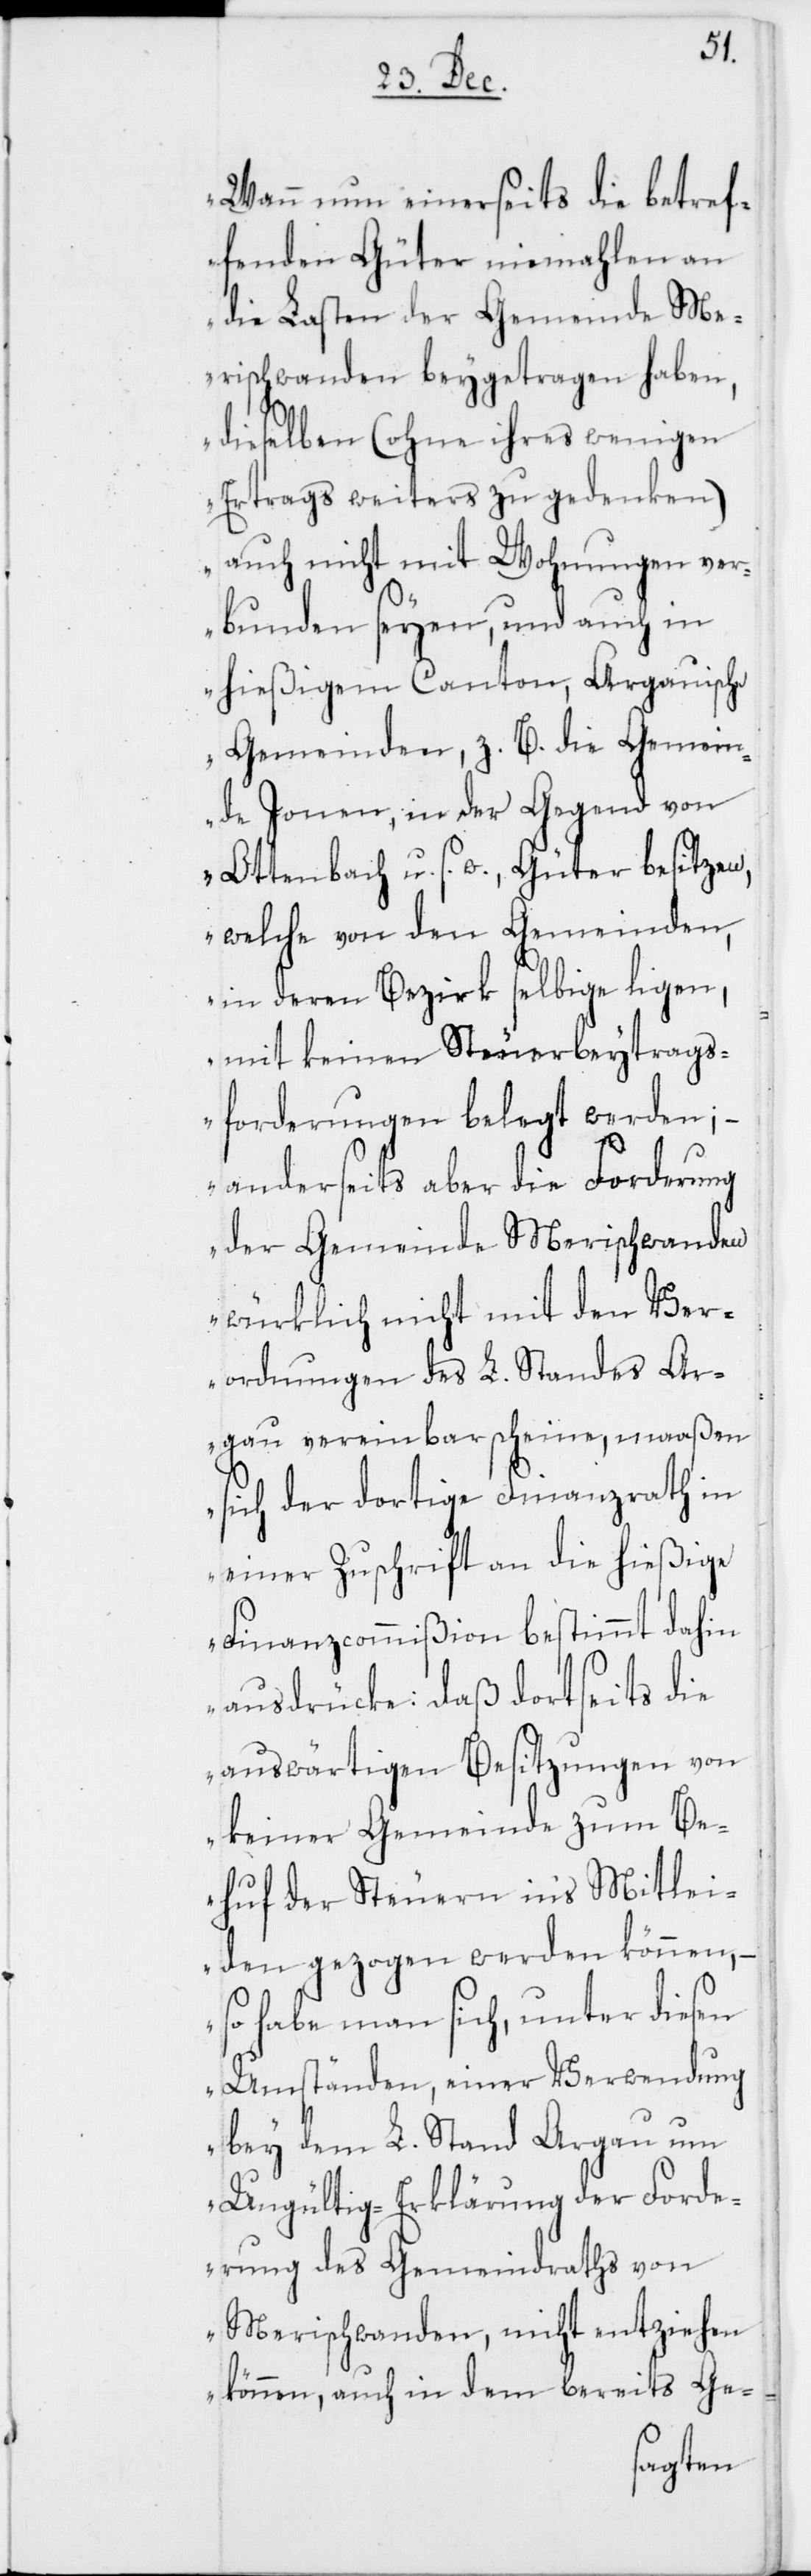
Wann nun einerseits die betref¬
fenden Güter niemahlen an
die Lasten der Gemeinde Me¬
rischwanden beygetragen haben,
dieselben (ohne ihres wenigen
Ertrags weiters zu gedenken)
auch nicht mit Wohnungen ver¬
bunden seyen, und auch in
hießigem Canton, Argauische
Gemeinden, z. B. die Gemein¬
de Jonen, in der Gegend von
Ottenbach u. s. w., Güter besitzen,
welche von den Gemeinden,
in deren Bezirk selbige ligen,
mit keinen Steuerbeytrags¬
forderungen belegt werden; –
anderseits aber die Forderung
der Gemeinde Merischwanden
würklich nicht mit den Ver¬
ordnungen des L. Standes Ar¬
gau vereinbar scheine, maaßen
sich der dortige Finanzrath in
einer Zuschrift an die hießige
Finanzcommißion bestimmt dahin
ausdrücke: Daß dortseits die
auswärtigen Besitzungen von
keiner Gemeinde zum Be¬
huf der Steuern in’s Mitlei¬
den gezogen werden können, –
so habe man sich, unter diesen
Umständen einer Verwendung
bey dem L. Stand Argau um
Ungültig-Erklärung der Forde¬
rung des Gemeindraths von
Merischwanden, nicht entziehen
können, auch in dem bereits Ge-